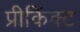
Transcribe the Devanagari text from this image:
प्रीकिंक्ट